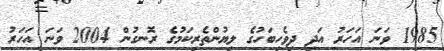
1985 ވަނަ އަހަރު އަދި ދިވެހިބަހުގެ ލިޔުންތެރިކަމުގެ ރޮނގުން 2004 ވަނަ އަހަރު